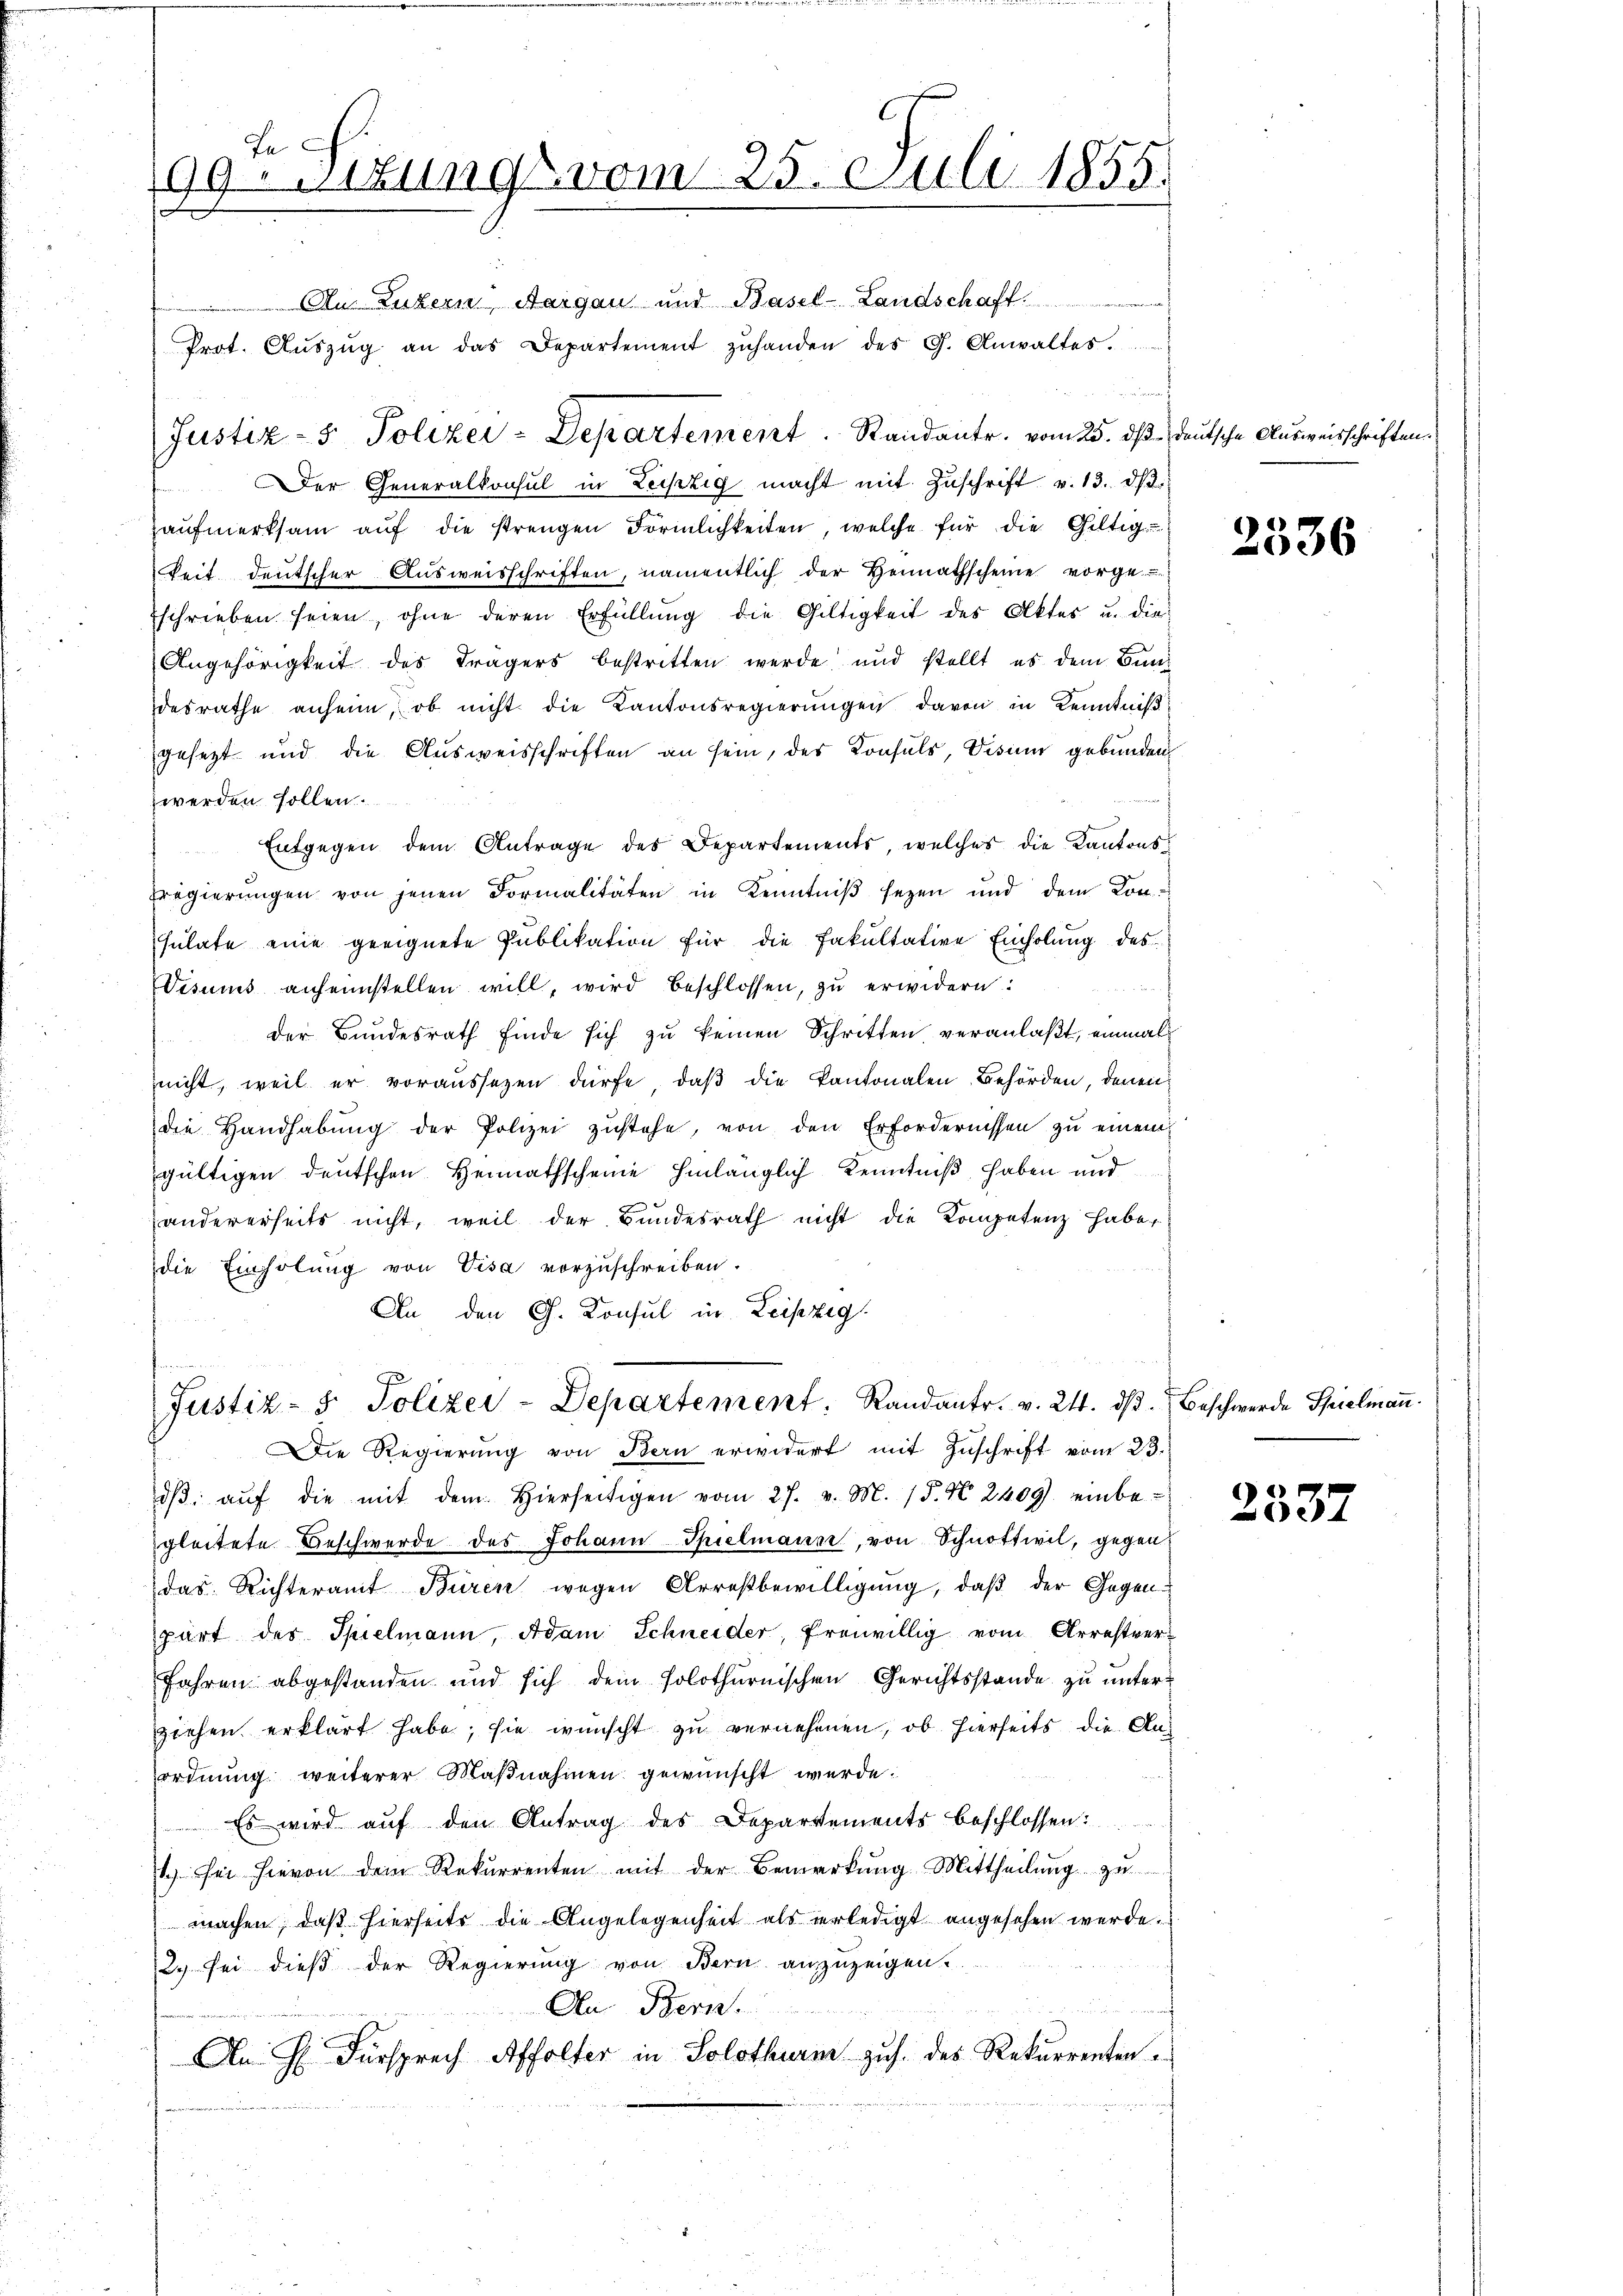
Ja
99Stzung vom 25. Juli 1855.
Au Luzern, Aargau und Basel-Landschaft

Justiz- & Polizei-Departement. Randante. vom 25. ds deutsche Ausweisschriften.
Der Generalkonsul in Leipzig macht mit Zuschrift v. 13. ds.
Haufmerksam auf die strengen Förmlichkeiten, welche für die Gültigkeit deutscher Aŭsweisschriften, namentlich der Heimathscheine vorge-
schrieben seien, ohne deren Erfüllung die Gültigkeit des Aktes u. die
Angehörigkeit des Trägers bestritten werde und stellt, es dem Bundesrathe anheim, ob nicht die Kantonsregierungen davon in Kenntniß
gesetzt und die Ausweisschriften an sein, der Konsuls, Visum gebunden
werden sollen.
Entgegen dem Antrage des Departements, welches die Kantonspregierŭngen von jenen Formalitäten in Kenntniβ sezen und dem Kon-
sulate eine geeignete Publikation für die Fakultative Einholung des
Visums anheimstellen will, wird beschlossen, zŭ erwidern:
der Bundesrath finde sich zu keinen Schritten veranlaßt, einmal
nicht, weil er voraussezen dürfe, daβ die Kantonalen Behörden, denen
die Handhabŭng der Polizei zŭstehe, von den Erfordernissen zŭ einem
gültigen deutschen Heimathscheine hinlänglich Kenntniß haben und
e
andererseits nicht, weil der Bundesrath nicht die Kompetenz habe,
die Einholŭng von Visa vorzŭschreiben.
An den G. Konsul in Leipzig

Prot. Aŭszŭg an das Departement zŭhanden des G. Anwaltes.

e
Justiz- & Polizei-Departement, Randantr. v. 24. dβ. Beschwerde Spielmann.

s

Die Regierung von Bern erwidert mit Zuschrift vom 23.
dβ aŭf die mit dem hierseitigen vom 27. v. M. (§. N. 2409) einbe-
gleitete Beschwerde des Johann Spielmann, von Schnottwil, gegen
das Richteramt Büren wegen Arrestbewilligŭng, daβ der Gegenpart des Spielmann, Adam Schneider, freiwillig vom Arrestver¬
Jahren abgestanden und sich dein solothurnischen Gerichtsstande zu unterziehen erklärt habe; sie wünscht zu vernehmen, ob hierseits die Anordnŭng weiterer Maβnahmen gewünscht werde.
Es wird auf den Antrag des Departements beschlossen:
1. er hievon dem Rekurrenten mit der Bemerkŭng Mittheilŭng zŭ
machen, daß hierseits die Angelegenheit als verledigt angesehen werde.
2. sei dieß der Regierŭng von Bern anzuzeigen.
An Bern.
An G. Fürsprech Affolter in Solothurm zus. des Rekurrenten

2536

2337